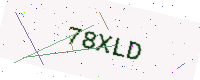
Text: 78XLD